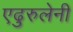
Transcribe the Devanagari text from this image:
एढुरुलेनी